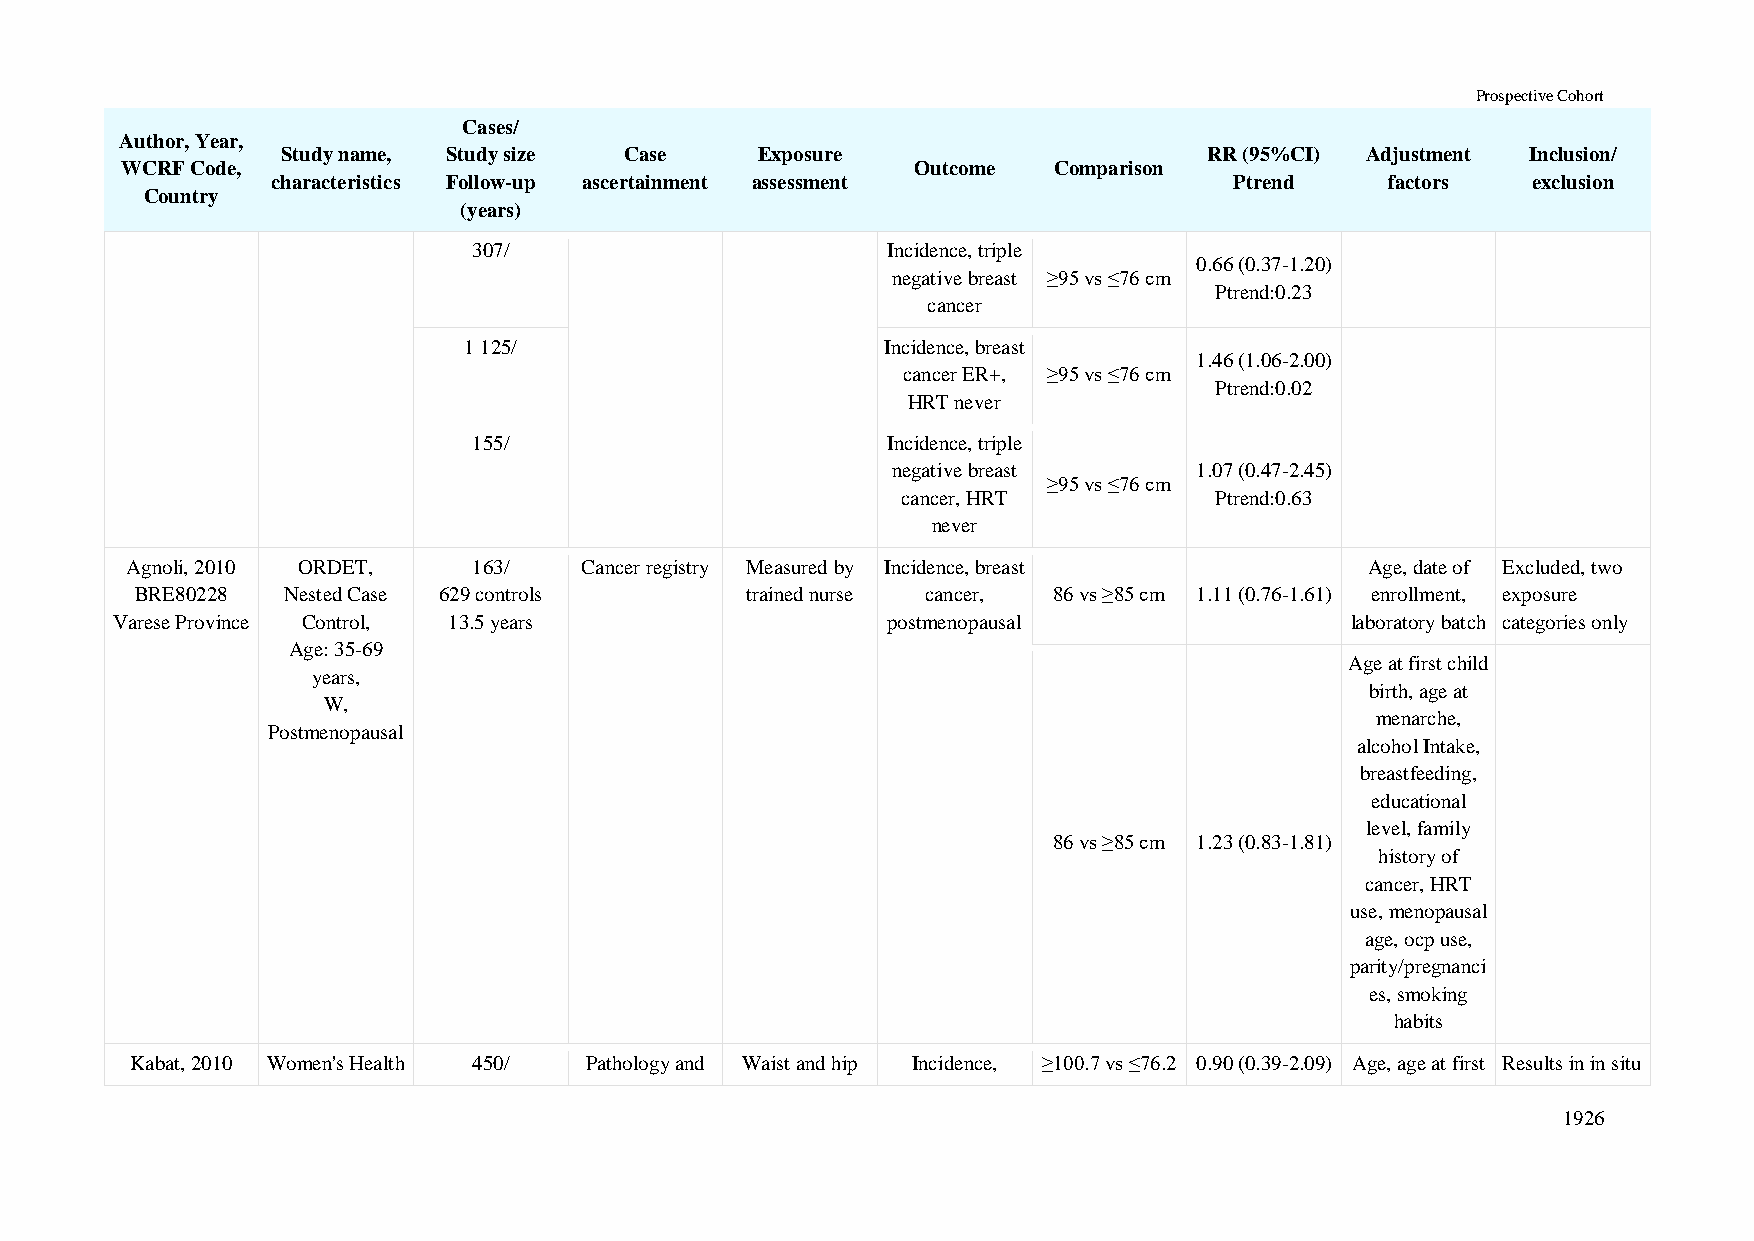
Prospective Cohort
 Cases/
 Author, Year,
 Study name, Study size Case    Exposure                      RR (95%CI) Adjustment Inclusion/
 WCRF Code,                                           Outcome  Comparison
 characteristics Follow-up ascertainment assessment              Ptrend    factors  exclusion
 Country
 (years)
 307/                        Incidence, triple
 0.66 (0.37-1.20)
 negative breast ≥95 vs ≤76 cm
 Ptrend:0.23
 cancer
 1 125/                      Incidence, breast
 1.46 (1.06-2.00)
 cancer ER+, ≥95 vs ≤76 cm
 Ptrend:0.02
 HRT never
 155/                        Incidence, triple
 negative breast     1.07 (0.47-2.45)
 ≥95 vs ≤76 cm
 cancer, HRT         Ptrend:0.63
 never
 Agnoli, 2010 ORDET,    163/   Cancer registry Measured by Incidence, breast        Age, date of Excluded, two
 BRE80228  Nested Case 629 controls      trained nurse cancer, 86 vs ≥85 cm 1.11 (0.76-1.61) enrollment, exposure
 Varese Province Control, 13.5 years                 postmenopausal                laboratory batch categories only
 Age: 35-69
 Age at first child
 years,
 birth, age at
 W,
 menarche,
 Postmenopausal
 alcohol Intake,
 breastfeeding,
 educational
 level, family
 86 vs ≥85 cm 1.23 (0.83-1.81)
 history of
 cancer, HRT
 use, menopausal
 age, ocp use,
 parity/pregnanci
 es, smoking
 habits
 Kabat, 2010 Women's Health 450/ Pathology and Waist and hip Incidence, ≥100.7 vs ≤76.2 0.90 (0.39-2.09) Age, age at first Results in in situ
 1926